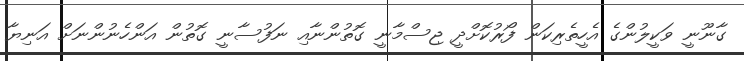
ގާނޫނީ ވަކީލުންގެ އެހީތެރިކަން ފޯރުކޮށްދީ ޖިސްމާނީ ގޮތުންނާއި ނަފުސާނީ ގޮތުން އަންހެނުންނަށް އަނިޔާ